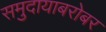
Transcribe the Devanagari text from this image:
समुदायाबरोबर